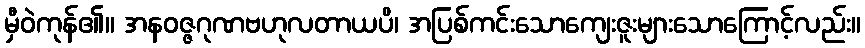
မှီဝဲကုန်၏။ အနဝဇ္ဇဂုဏဗဟုလတာယပိ၊ အပြစ်ကင်းသောကျေးဇူးများသောကြောင့်လည်း။